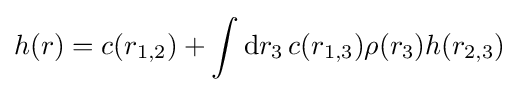
h(r)=c(r_{1,2})+\int \mathrm {d} r_{3}\,c(r_{1,3})\rho (r_{3})h(r_{2,3})